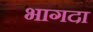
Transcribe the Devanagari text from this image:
भागदा